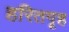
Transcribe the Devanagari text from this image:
हरितगृह